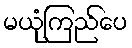
မယုံကြည်ပေ